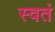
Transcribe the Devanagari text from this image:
स्वतं